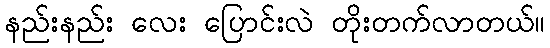
နည်းနည်း လေး ပြောင်းလဲ တိုးတက်လာတယ်။